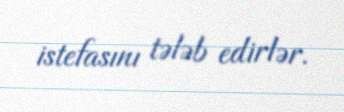
istefasını tələb edirlər.